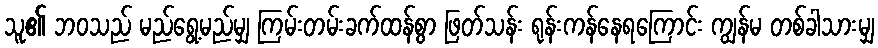
သူ၏ ဘဝသည် မည်ရွေ့မည်မျှ ကြမ်းတမ်းခက်ထန်စွာ ဖြတ်သန်း ရုန်းကန်နေရကြောင်း ကျွန်မ တစ်ခါသားမျှ